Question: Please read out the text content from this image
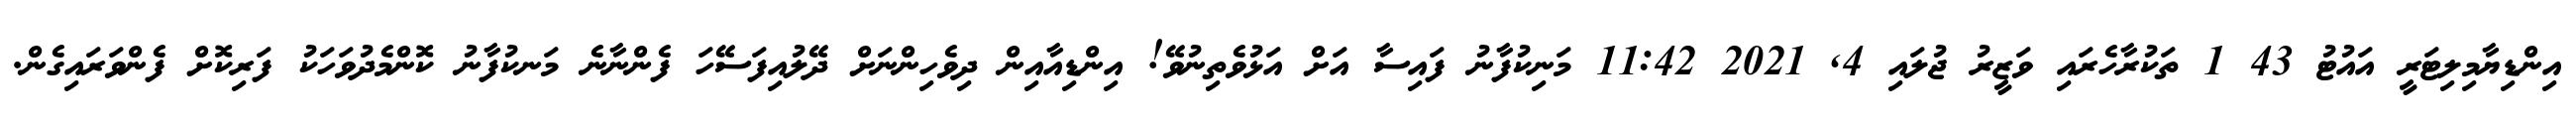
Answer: އިންޑިޔާމިލިޓަރީ އައުޓު 43 1 ތަކުރާހެރައި ވަޒީރު ޖުލައި 4, 2021 11:42 މަނިކުފާނު ފައިސާ އަށް އަޅުވެތިނުވޭ! އިންޑިއާއިން ދިވެހިންނަށް ދޭލުއިފަސޭހަ ފެންނާނެ މަނކުފާނު ކޮންމެދުވަހަކު ފަރިކޮށް ފެންވަރައިގެން.